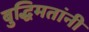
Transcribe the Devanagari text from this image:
बुद्धिमतांनी